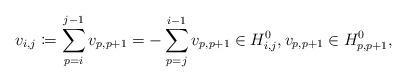
LaTeX: \begin{align*} v_{i,j} \coloneqq \sum_{p = i}^{j-1} v_{p, p+1} = -\sum_{p=j}^{i-1} v_{p, p+1} \in H_{i,j}^0, v_{p, p+1} \in H_{p, p+1}^0,\end{align*}